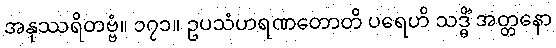
အနုဿရိတဗ္ဗံ။ ၁၇၁။ ဥပသံဟရဏတောတိ ပရေဟိ သဒ္ဓိံ အတ္တနော